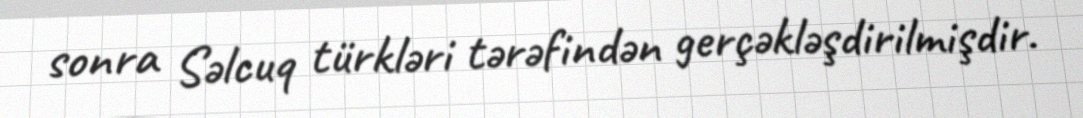
sonra Səlcuq türkləri tərəfindən gerçəkləşdirilmişdir.